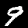
Label: 9